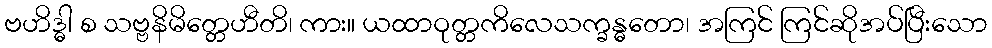
ဗဟိဒ္ဓါ စ သဗ္ဗနိမိတ္တေဟီတိ၊ ကား။ ယထာဝုတ္တကိလေသက္ခန္ဓတော၊ အကြင် ကြင်ဆိုအပ်ပြီးသော